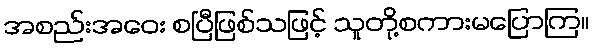
အစည်းအဝေး စပြီဖြစ်သဖြင့် သူတို့စကားမပြောကြ။